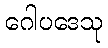
ဂေါပဒေသု